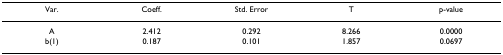
<table><thead><tr><td><b>Var.</b></td><td><b>Coeff.</b></td><td><b>Std. Error</b></td><td><b>T</b></td><td><b>p-value</b></td></tr></thead><tbody><tr><td>A</td><td>2.412</td><td>0.292</td><td>8.266</td><td>0.0000</td></tr><tr><td>b(1)</td><td>0.187</td><td>0.101</td><td>1.857</td><td>0.0697</td></tr></tbody></table>